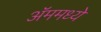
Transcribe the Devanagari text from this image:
ॲममध्ये